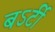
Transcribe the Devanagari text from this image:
बऽर्टी